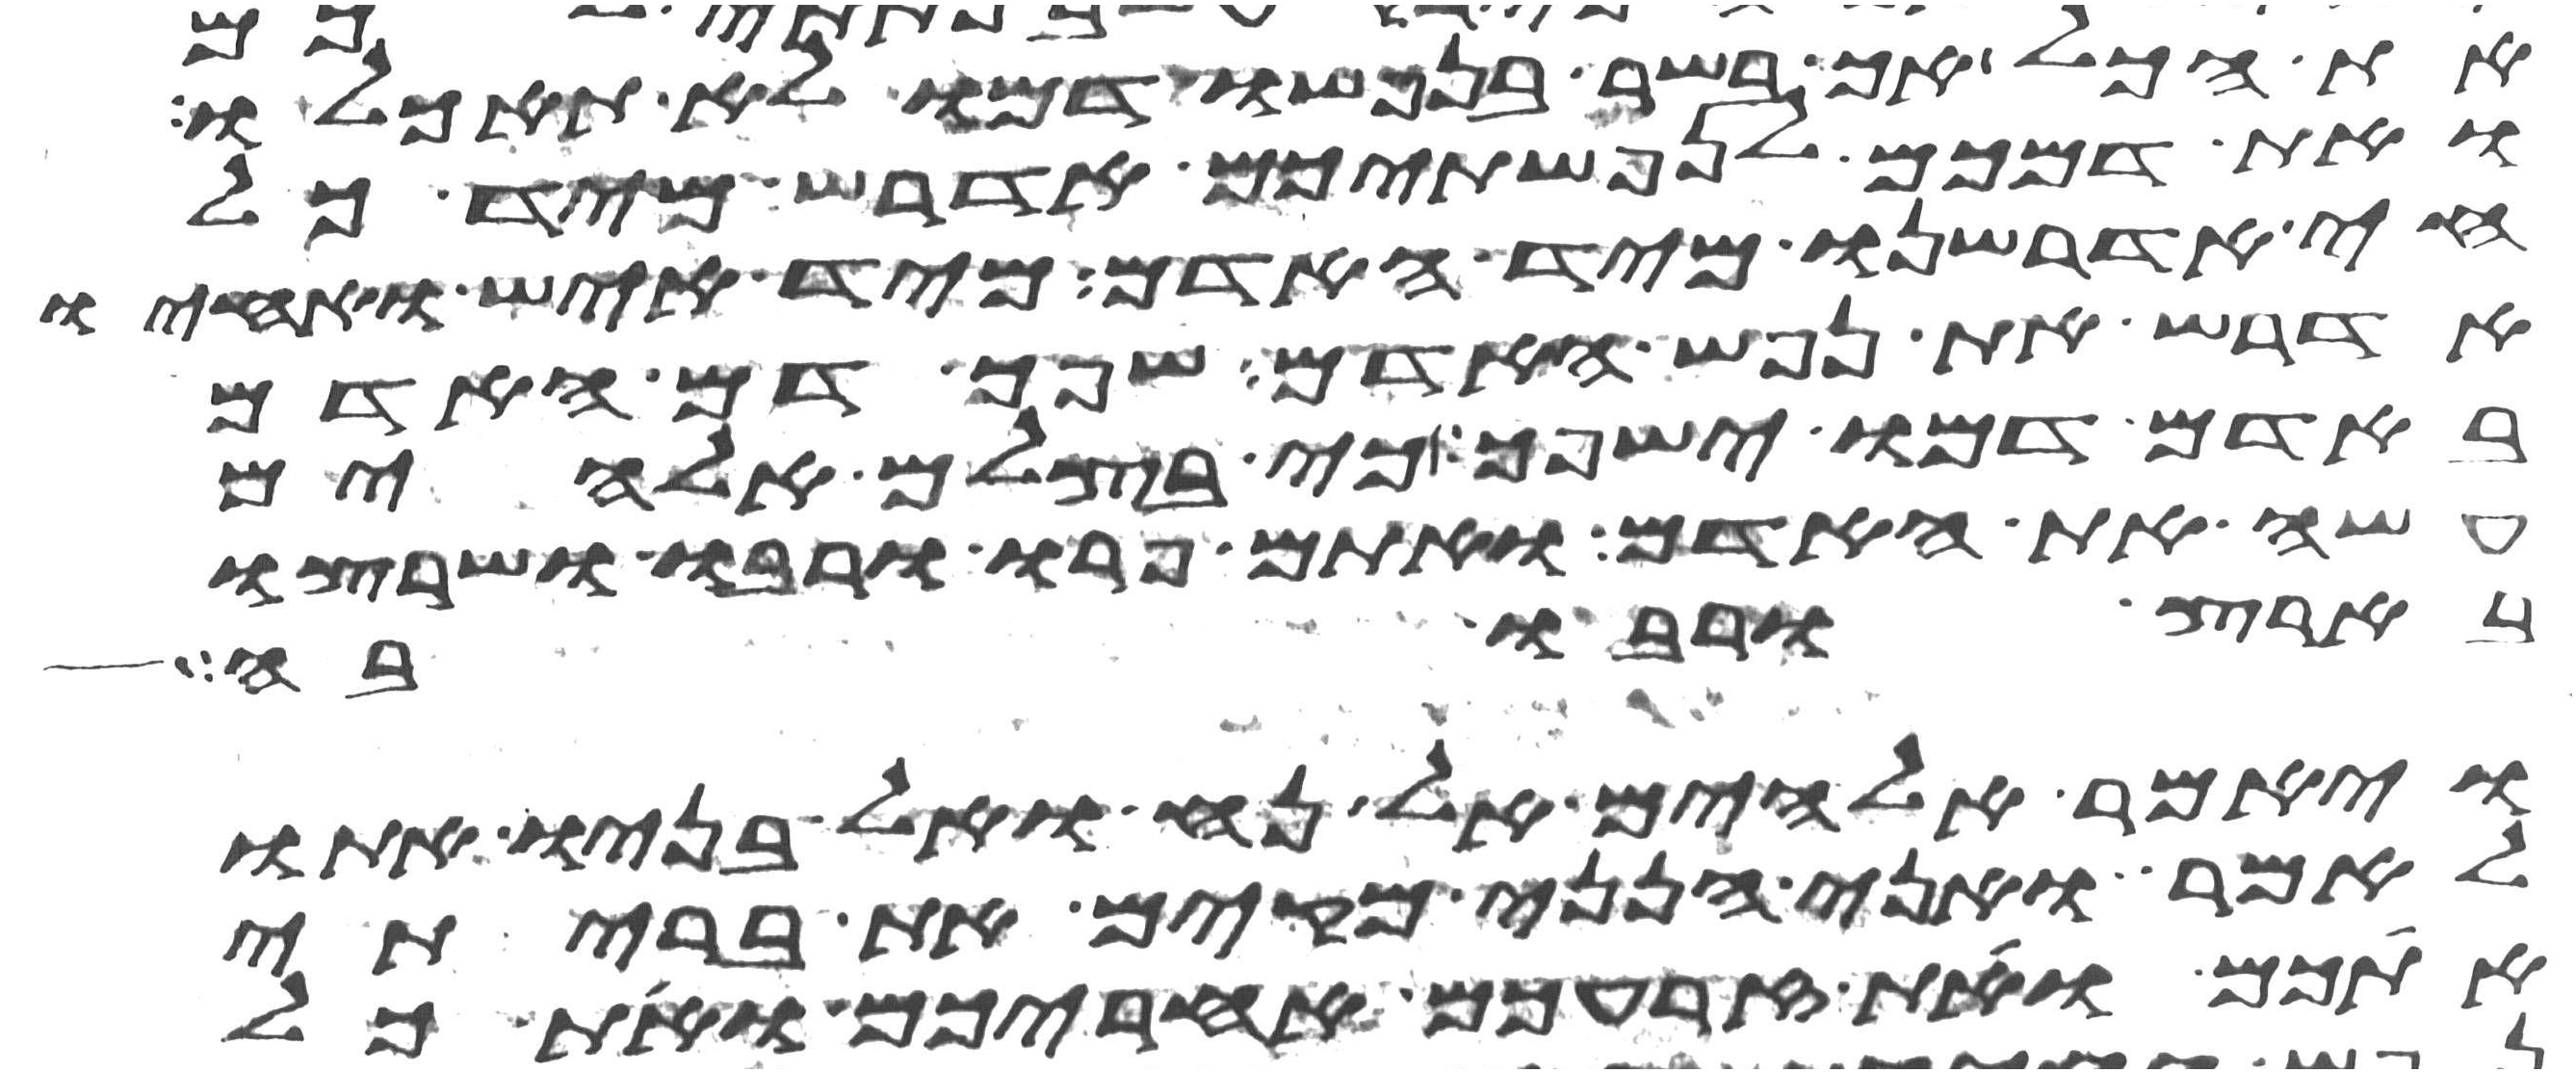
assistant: את הכל אך בשר בנפשו דמו לא תאכלו
ואת דמכם לנפשתיכם אדרש מיד כל
חי אדרשנו מיד האדם מיד איש ואחיו
אדרש את נפש האדם שפך דם האדם
באדם דמו ישפך כי בצלם אלהים
עשה את האדם ואתם פרו ורבו ושרצו
בארץ ורבו בה
ויאמר אלהים אל נח ואל בניו אתו
לאמר ואני הנני מקים את בריתי
אתכם ואת זרעכם אחריכם ואת כל